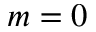
m = 0